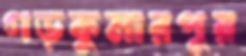
গড়কুমারপুর